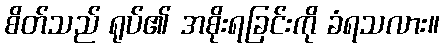
စိတ်သည် ရုပ်၏ အစိုးရခြင်းကို ခံရသလား။